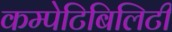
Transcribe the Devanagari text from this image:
कम्पेटिबिलिटी